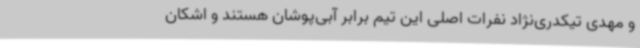
و مهدی تیکدری‌نژاد نفرات اصلی این تیم برابر آبی‌پوشان هستند و اشکان